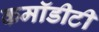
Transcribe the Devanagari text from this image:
कमॉडीटी